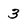
Character: 3